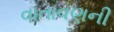
વાતાવણની